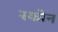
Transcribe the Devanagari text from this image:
स्कोन